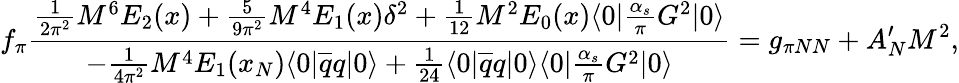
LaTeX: f_{\pi}{\frac{\frac{1}{2\pi^{2}}M^{6}E_{2}(x)+\frac{5}{9\pi^{2}}M^{4}E_{1}(x)\delta^{2}+\frac{1}{12}M^{2}E_{0}(x)\langle 0|\frac{\alpha_{s}}{\pi}G^{2}|0\rangle}{-{\frac{1}{4\pi^{2}}}M^{4}E_{1}(x_{N})\langle 0|\overline{{q}}q|0\rangle+{\frac{1}{24}}\langle 0|\overline{{q}}q|0\rangle\langle 0|\frac{\alpha_{s}}{\pi}G^{2}|0\rangle}}=g_{\pi NN}+A_{N}^{\prime}M^{2},